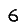
Digit: 6